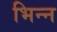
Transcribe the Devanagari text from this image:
भिन्न